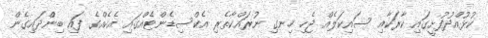
ކުޅުއްދުފުށީގައި ކާރަކާއި ސައިކަލެއް ޖެހި ހިނގި ނުރައްކާތެރި އެކްސިޑެންޓެއްގައި އެކެއްގެ ފައި ބިންްދައިގެން